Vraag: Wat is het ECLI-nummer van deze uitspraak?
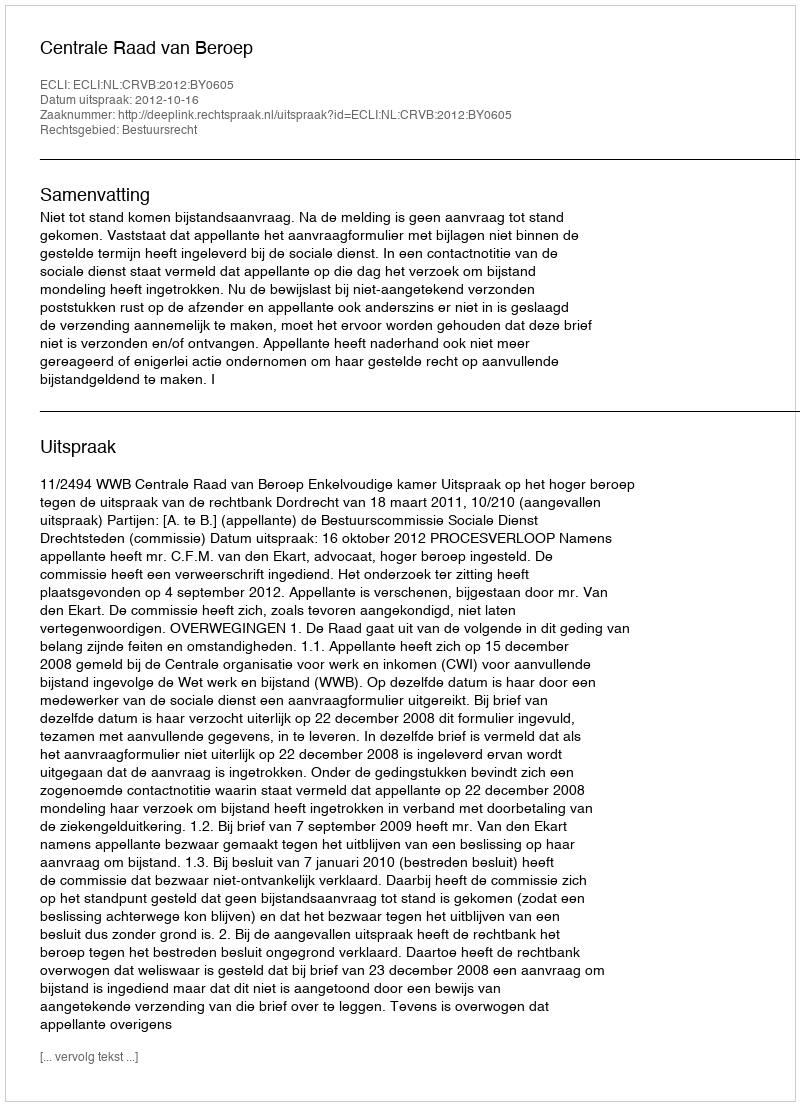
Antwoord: ECLI:NL:CRVB:2012:BY0605